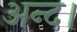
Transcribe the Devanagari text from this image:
अन्द।